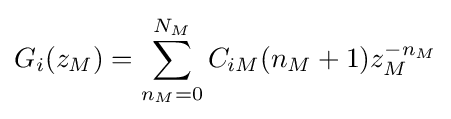
G_{i}(z_{M})=\sum _{n_{M}=0}^{N_{M}}C_{iM}(n_{M}+1)z_{M}^{-n_{M}}